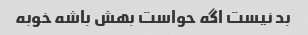
بد نیست اگه حواست بهش باشه خوبه